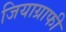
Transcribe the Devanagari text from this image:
जियाग्राफी